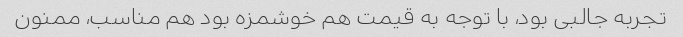
تجربه جالبی بود، با توجه به قیمت هم خوشمزه بود هم مناسب، ممنون